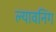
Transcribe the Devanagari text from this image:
ल्यावनिंग